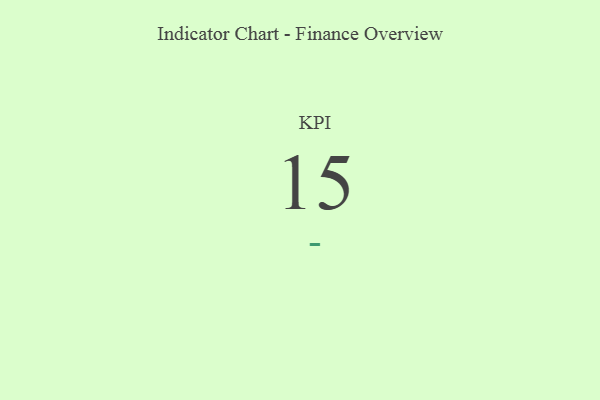
{"axis": {"x": "KPI", "y": "Value"}, "legend": [""], "data": [{"x": "KPI", "y": 15, "type": ""}]}